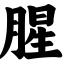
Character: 腥